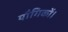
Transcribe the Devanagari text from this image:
यौगिकों।